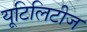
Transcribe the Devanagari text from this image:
यूटिलिटीज